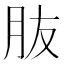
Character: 𦙓